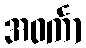
အဝင်္ကာ